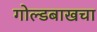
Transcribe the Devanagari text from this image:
गोल्डबाखचा